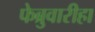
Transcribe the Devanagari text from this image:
फेब्रुवारीहा